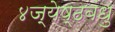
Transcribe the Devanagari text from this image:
४ज्येष्ठबंधु